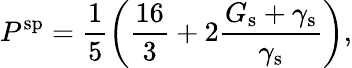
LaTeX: P^{\mathrm{sp}}=\frac{1}{5}\left(\frac{16}{3}+2\frac{G_{\mathrm{s}}+\gamma_{\mathrm{s}}}{\gamma_{\mathrm{s}}}\right),